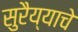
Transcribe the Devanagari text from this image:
सुरैय्याचे